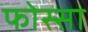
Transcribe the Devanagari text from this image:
फोस्सा